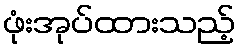
ဖုံးအုပ်ထားသည့်